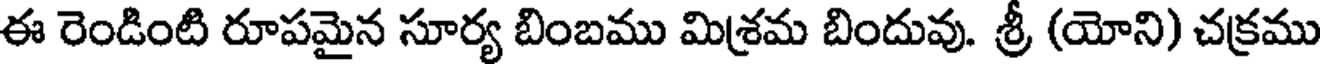
ఈ రెండింటి రూపమైన సూర్య బింబము మిశ్రమ బిందువు. శ్రీ (యోని) చక్రము